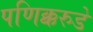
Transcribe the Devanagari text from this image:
पणिक्करुडे